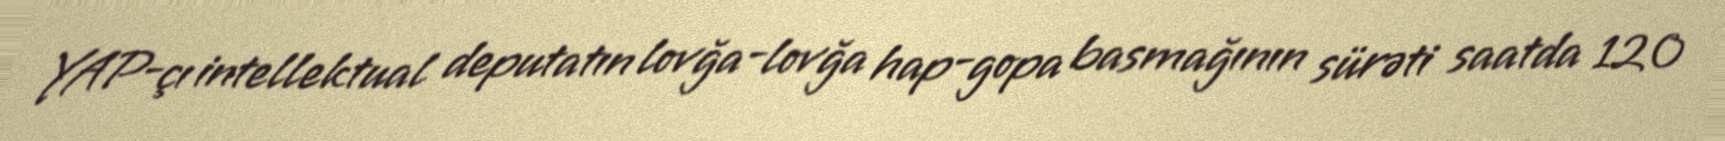
YAP-çı intellektual deputatın lovğa-lovğa hap-gopa basmağının sürəti saatda 120